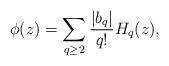
LaTeX: \begin{align*}\phi(z)= \sum_{q\geq 2} \frac{|b_q|}{q!} H_{q}(z),\end{align*}